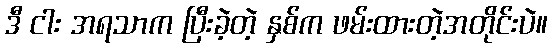
ဒီ ငါး အရသာက ပြီးခဲ့တဲ့ နှစ်က ဖမ်းထားတဲ့အတိုင်းပဲ။